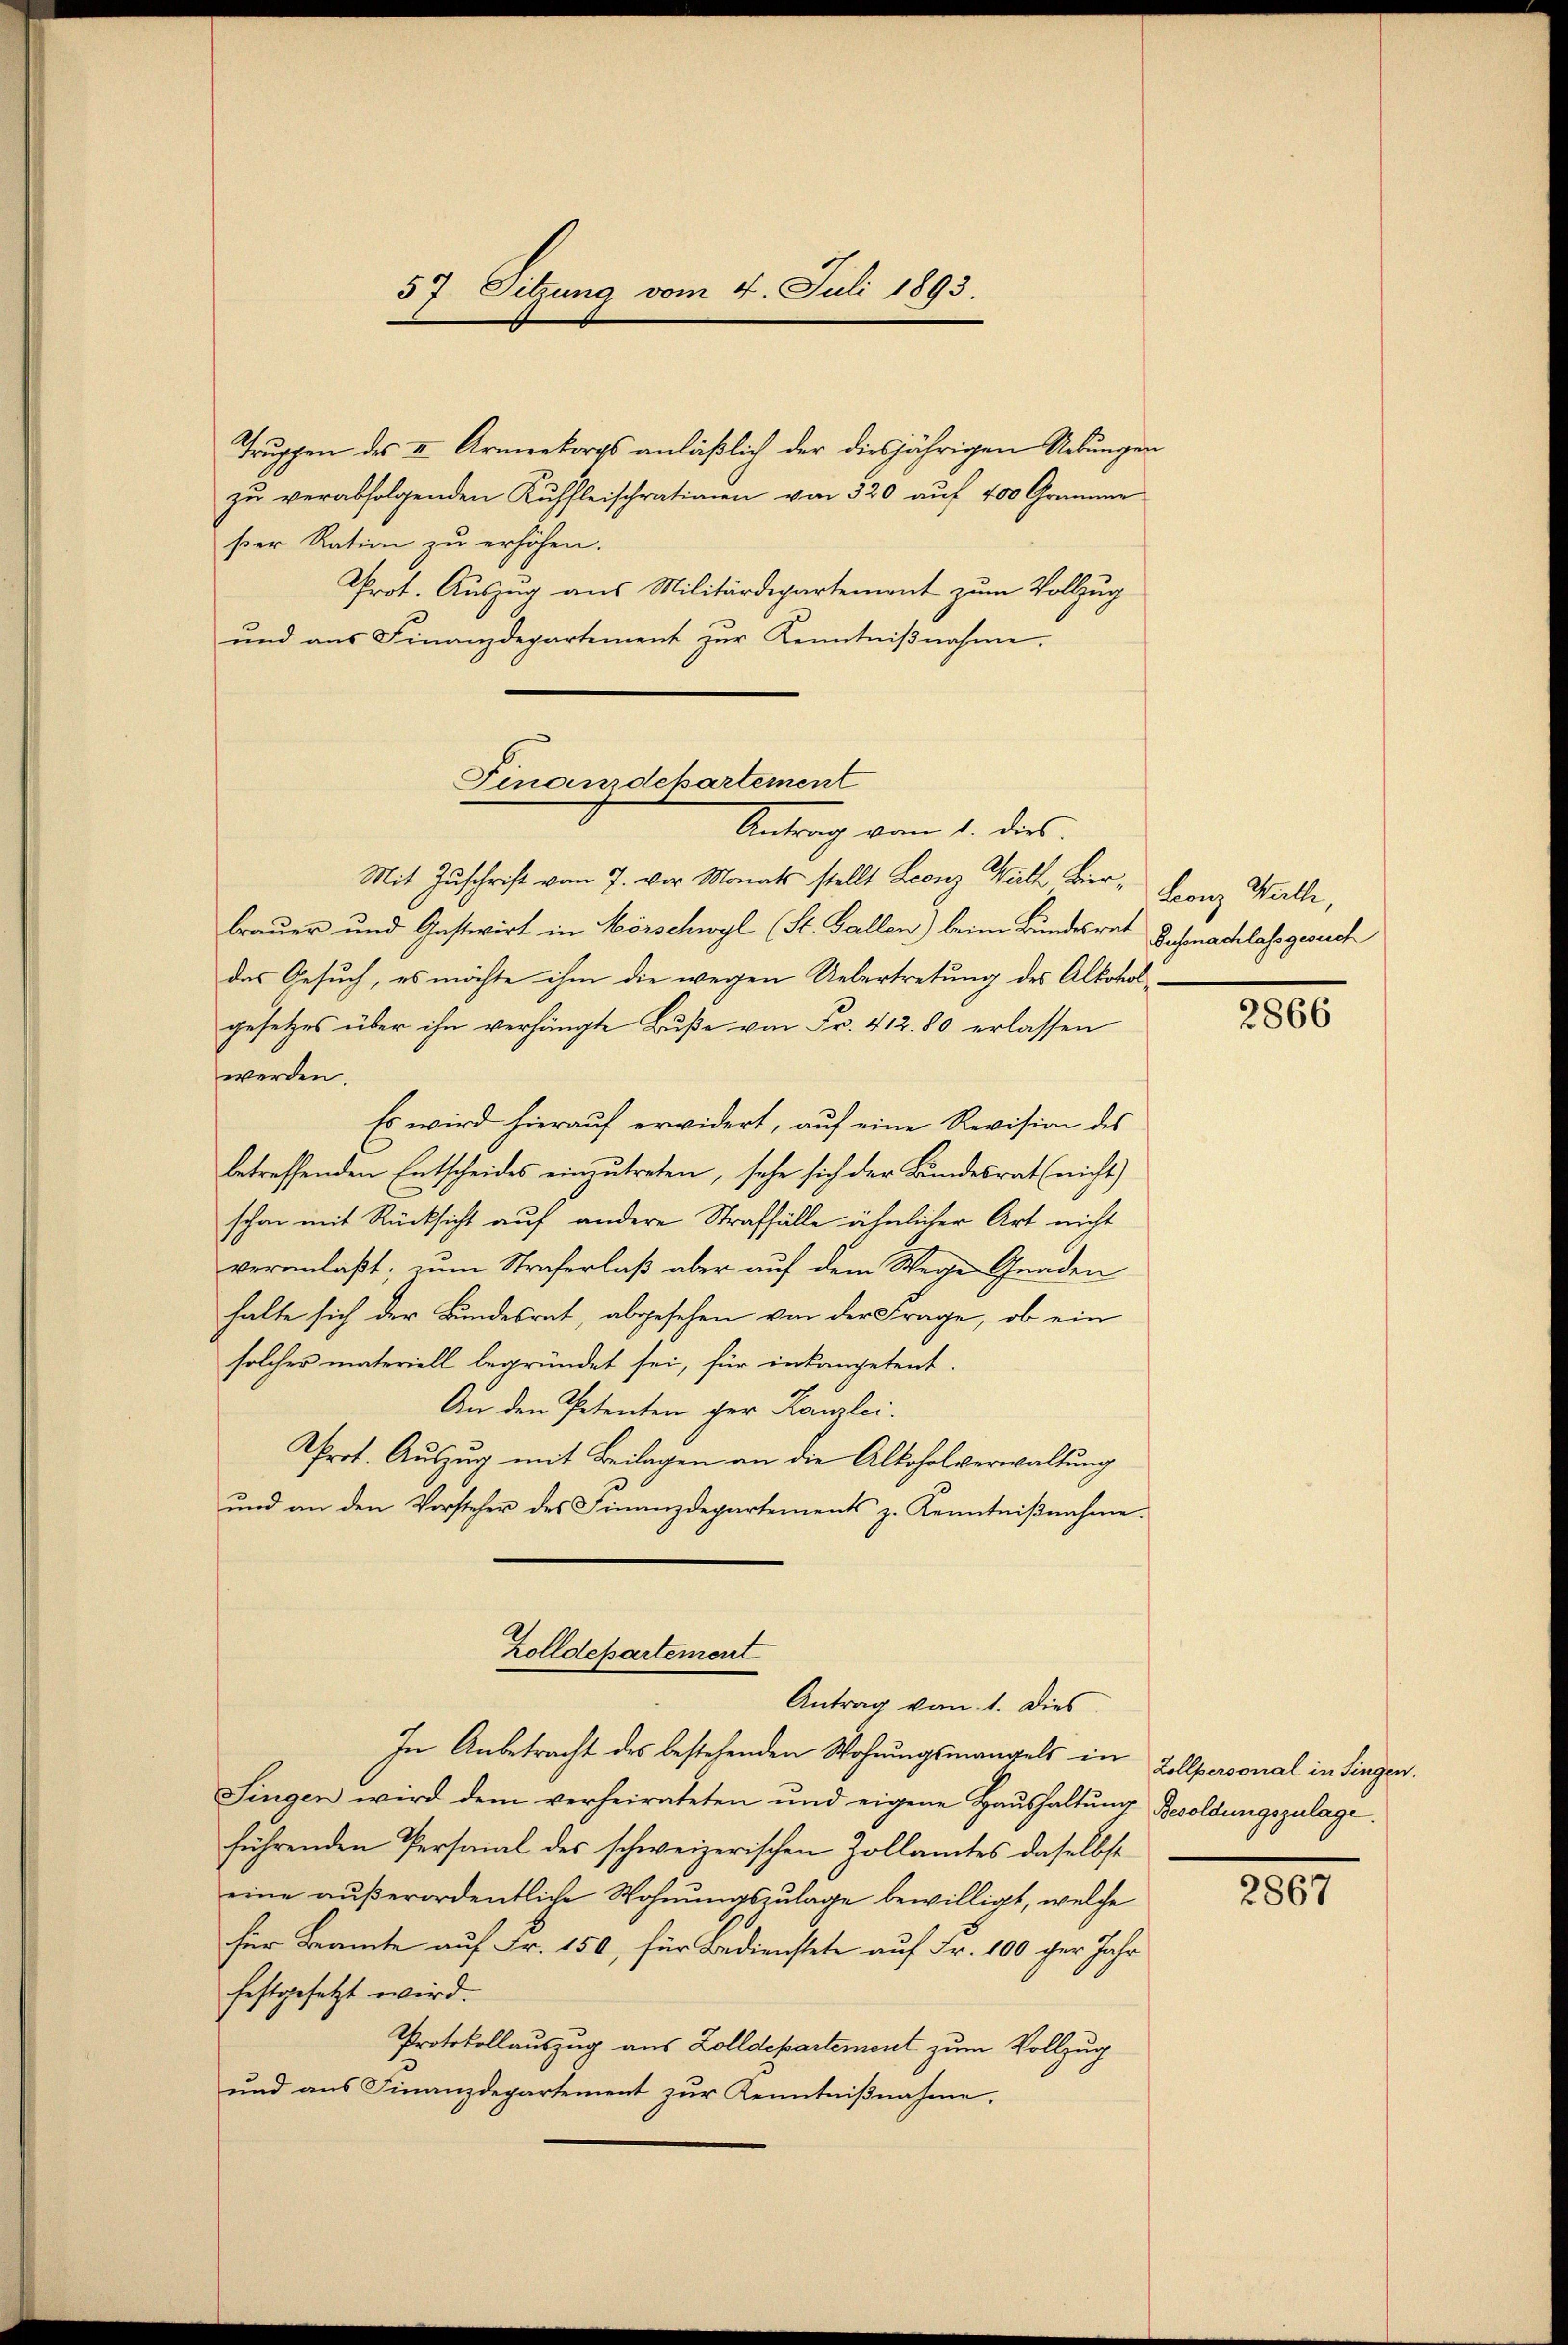
Truppen des II. Armeekorps anläßlich der diesjährigen Uebungen
zŭ verabfolgenden Kuffleischrationen von 320 auf 400 Gramme
ser Ration zu erhöhen.
Prot. Auszug aus Militärdepartement zum Vollzug
ŭnd ans Finanzdepartement zŭr Kenntniβnahme.
Mit Zuschrift vom 7. vor Monats stellt Leonz Will Bier, Franz Wille,
braŭer und Gastwirt in Mörschwyl (St. Gallen) beim Bundesrat Dochmachlassgesuch
das Gesuch, es möchte ihm die wegen Uebertretung des Alkoholgesetzes über ihn verhängte Buße von Fr. 412. 80 erlassen
werden.
Es wird hierauf erwidert, auf eine Revision des
betreffenden Entscheides einzutreten, sehe sich der Bundesrat (nicht)
schon mit Rücksicht auf andere Straffälle ähnlicher Art nicht
veranlaßt; zum Straferlaß aber auf dem Wege Gnaden
halte sich der Bundesrat, abgesehen von der Frage, ob ein
solcher materiell begründet sei, für inkompetent.
An den Petenten der Kanzlei.
Prot. Auszug mit Beilagen an die Alkoholverwaltung
ŭnd an den Vorsteher des Finanzdepartements z. Kenntniβnahme.
Zolldepartement
Antrag von 1. Dies
In Anbetracht des bestehenden Wohnungsmangels in Zollpersonal in Singen.
Singen wird dem verheirateten und eigene Haŭshaltŭng Besoldungszulage
führenden Personal des schweizerischen Zollamtes daselbst
eine außerordentliche Wohnungszulage bewilligt, welche
für Beamte auf Fr. 150, für Bedienstete auf Fr. 100 ger Jahr
festgesetzt wird.
Protokollauszug aus Zolldepartement zum Vollzug
und aus Finanzdepartement zur Kenntnißnahme.

37. Sitzung vom 4. Juli 1893.

Finanzdepartement
Antrag vom 1. des

2866

2867